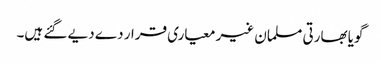
گویا بھارتی مسلمان غیر معیاری قرار دے دیے گئے ہیں۔